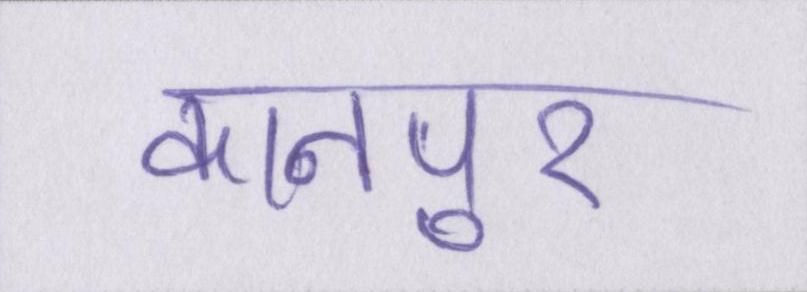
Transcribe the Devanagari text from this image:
कानपुर